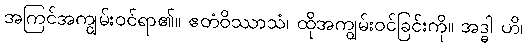
အကြင်အကျွမ်းဝင်ရာ၏။ ဧတံဝိဿာသံ၊ ထိုအကျွမ်းဝင်ခြင်းကို။ အဒ္ဓါ ဟိ၊